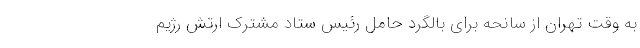
به وقت تهران از سانحه برای بالگرد حامل رئیس ستاد مشترک ارتش رژیم